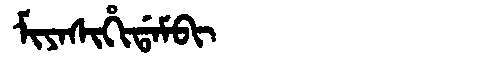
Manchu: ᠮᡳᠶᠠᠰᡳᡥᡳᡩᠠᠮᠪᡳ
Romanization: MIYASIHIDAMBI